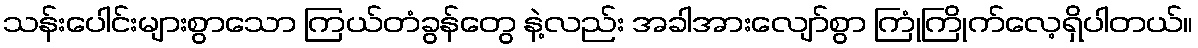
သန်းပေါင်းများစွာသော ကြယ်တံခွန်တွေ နဲ့လည်း အခါအားလျော်စွာ ကြုံကြိုက်လေ့ရှိပါတယ်။